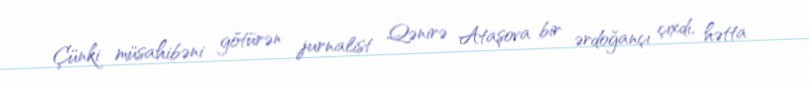
Çünki müsahibəni götürən jurnalist Qənirə Ataşova bir ərdoğançı çıxdı, hətta